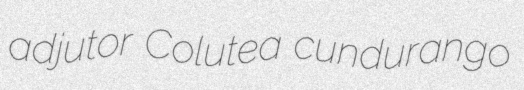
adjutor Colutea cundurango